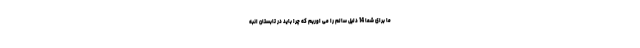
ما برای شما 14 دلیل سالم را می اوریم که چرا باید در تابستان انبه